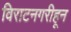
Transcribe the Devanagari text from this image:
विराटनगरीहून